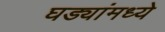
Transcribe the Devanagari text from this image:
घड्यांमध्ये